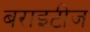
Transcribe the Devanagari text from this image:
बराइटीज